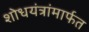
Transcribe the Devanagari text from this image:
शोधयंत्रांमार्फत